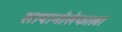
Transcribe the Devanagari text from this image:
सायानोसेफाला